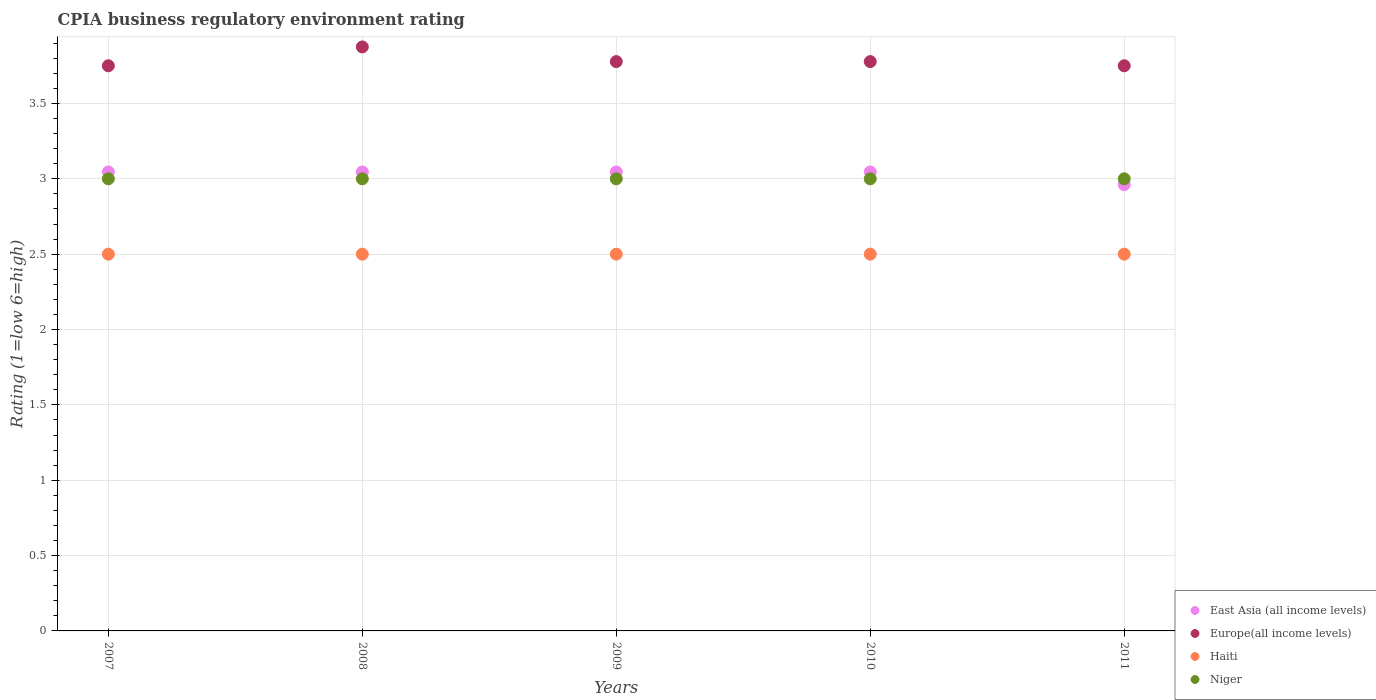
| Years | East Asia (all income levels) | Europe(all income levels) | Haiti | Niger |
 | --- | --- | --- | --- | --- |
 | 2007 | 3.05 | 3.75 | 2.5 | 3 |
 | 2008 | 3.05 | 3.88 | 2.5 | 3 |
 | 2009 | 3.05 | 3.78 | 2.5 | 3 |
 | 2010 | 3.05 | 3.78 | 2.5 | 3 |
 | 2011 | 2.96 | 3.75 | 2.5 | 3 |